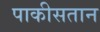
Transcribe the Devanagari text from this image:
पाकीसतान